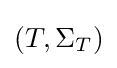
\left(T,\Sigma _{T}\right)